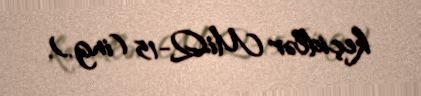
keçidlər MiQ-15 (ing.).